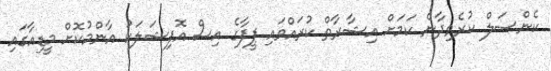
ކެންސަލް ކުރެވިދާނެ ކަމަށް އިޝާރާތް ކުރައްވައި ފީފާގެ އިސް އޮފިޝަލަކު އާންމުކޮށް މީޑިއާގައި